Report of the Indian Hemp Drugs Commission, 1894-1895 - Volume VI
Year: 1894
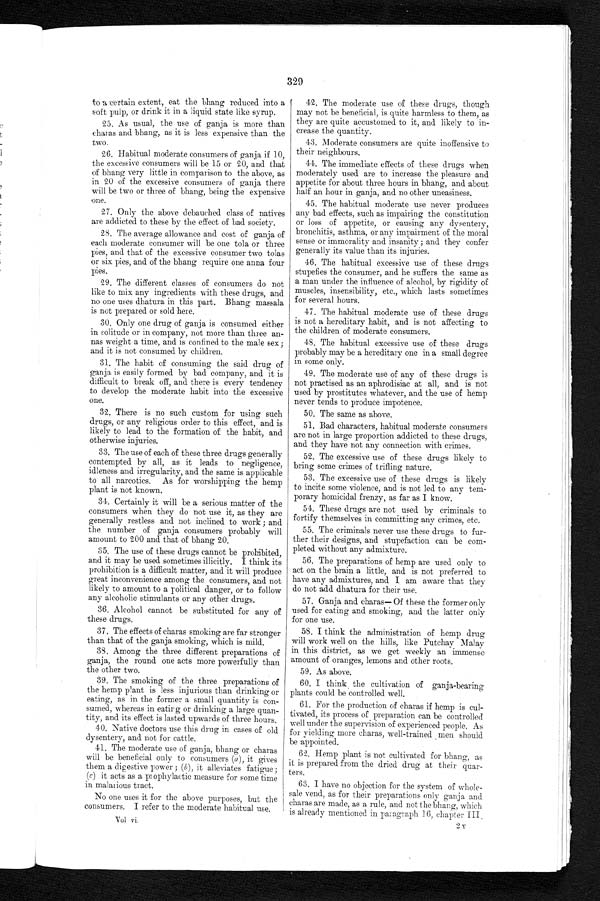
329
to a certain extent, eat the bhang reduced into a
soft pulp, or drink it in a liquid state like syrup.
25. As usual, the use of ganja is more than
charas and bhang, as it is less expensive than the
two.
26. Habitual moderate consumers of ganja if 10,
the excessive consumers will be 15 or 20, and that
of bhang very little in comparison to the above, as
in 20 of the excessive consumers of ganja there
will be two or three of bhang, being the expensive
one.
27. Only the above debauched class of natives
are addicted to these by the effect of bad society.
28. The average allowance and cost of ganja of
each moderate consumer will be one tola or three
pies, and that of the excessive consumer two tolas
or six pies, and of the bhang require one anna four
pies.
29. The different classes of consumers do not
like to mix any ingredients with these drugs, and
no one uses dhatura in this part. Bhang massala
is not prepared or sold here.
30. Only one drug of ganja is consumed either
in solitude or in company, not more than three an--
nas weight a time, and is confined to the male sex;
and it is not consumed by children.
31. The habit of consuming the said drug of
ganja is easily formed by bad company, and it is
difficult to break off, and there is every tendency
to develop the moderate habit into the excessive
one.
32. There is no such custom for using such
drugs, or any religious order to this effect, and is
likely to lead to the formation of the habit, and
otherwise injuries.
33. The use of each of these three drugs generally
contempted by all, as it leads to negligence,
idleness and irregularity, and the same is applicable
to all narcotics. As for worshipping the hemp
plant is not known.
34. Certainly it will be a serious matter of the
consumers when they do not use it, as they are
generally restless and not inclined to work ; and
the number of ganja consumers probably will
amount to 200 and that of bhang 20.
35. The use of these drugs cannot be prohibited,
and it may be used sometimes illicitly. I think its
prohibition is a difficult matter, and it will produce
great inconvenience among the consumers, and not
likely to amount to a rolitical danger, or to follow
any alcoholic stimulants or any other drugs.
36. Alcohol cannot be substituted for any of
these drugs.
37. The effects of charas smoking are far stronger
than that of the ganja smoking, which is mild.
38. Among the three different preparations of
ganja, the round one acts more powerfully than
the other two.
39. The smoking of the three preparations of
the hemp plant is less injurious than drinking or
eating, as in the former a small quantity is con--
sumed, whereas in eating or drinking a large quan
- t i t y , a n d i t s e f f e c t i s l a s t e d u p w a r d s o f t h r e e h o u r s .
40. Native doctors use this drug in cases of old
dysentery, and not for cattle.
41. The moderate use of ganja, bhang or charas
will be beneficial only to consumers ( a ), it gives
them a digestive power ; (b), it alleviates fatigue ;
(c) it acts as a prophylactic measure for some time
in malarious tract.
No one uses it for the above purposes, but the
consumers. I refer to the moderate habitual use.
Vol vi.
42. The moderate use of these drugs, though
may not be beneficial, is quite harmless to them, as
they are quite accustomed to it, and likely to in-
- c r e a s e t h e q u a n t i t y .
43. Moderate consumers are quite inoffensive to
their neighbours.
44. The immediate effects of these drugs when
moderately used are to increase the pleasure and
appetite for about three hours in bhang, and about
half an hour in ganja, and no other uneasiness.
45. The habitual moderate use never produces
any bad effects, such as impairing the constitution
or loss of appetite, or causing any dysentery,
bronchitis, asthma, or any impairment of the moral
sense or immorality and insanity ; and they confer
generally its value than its injuries.
46. The habitual excessive use of these drugs
stupefies the consumer, and he suffers the same as
a man under the influence of alcohol, by rigidity of
muscles, insensibility, etc., which lasts sometimes
for several hours.
47. The habitual moderate use of these drugs
is not a hereditar h a b i t , a n d i s n o t a f f e c t i n g t o
the children of moderate consumers.
48. The habitual excessive use of these drugs
probably may be a hereditary one in a small degree
in some only.
49. The moderate use of any of these drugs is
not practised as an aphrodisiac at all, and is not
used by prostitutes whatever, and the use of hemp
never tends to produce impotence.
5 0 . T h e s a m e a s a b o v e .
51. Bad characters, habitual moderate consumers
are not in large proportion addicted to these drugs,
and they have not any connection with crimes.
52. The excessive use of these drugs likely to
bring some crimes of trifling nature.
53. The excessive use of these drugs is likely
to incite some violence, and is not led to any tem
- p o r a r y h o m i c i d a l f r e n z y , a s f a r a s I k n o w .
54. These drugs are not used by criminals to
fortify themselves in committing any crimes, etc.
55. The criminals never use these drugs to fur
-ther their designs, and stupefaction can be com
- p l e t e d w i t h o u t a n y a d m i x t u r e .
56. The preparations of hemp are used only to
act on the brain a little, and is not preferred to
have any admixtures, and I am aware that they
do not add dhatura for their use.
57. Ganja and charas— Of these the former only
used for eating and smoking, and the latter only
for one use.
58. I think the administration of hemp drug
will work well on the hills, like Putchay Malay
in this district, as we get weekly an immense
amount of oranges, lemons and other roots.
5 9 . A s a b o v e .
60. I think the cultivation of ganja-bearing
plants could be controlled well.
61. For the production of charas if hemp is cul
- t i v a t e d , i t s p r o c e s s o f p r e p a r a t i o n c a n b e c o n t r o l l e d
well under the supervision of experienced people. As
for yielding more charas, well-trained men should
be appointed.
62. Hemp plant is not cultivated for bhang, as
it is prepared from the dried drug at their quar
- t e r s ,
63. I have no objection for the system of whole-
- s a l e v e n d , a s f o r t h e i r p r e p a r a t i o n s o n l y g a n j a a n d
charas are made, as a rule, and not the bhang, which
is already mentioned in paragraph 16, chapter III.
2 Y